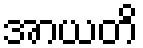
အာယတိ